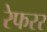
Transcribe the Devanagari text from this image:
रेफरर